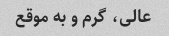
عالی، گرم و به موقع